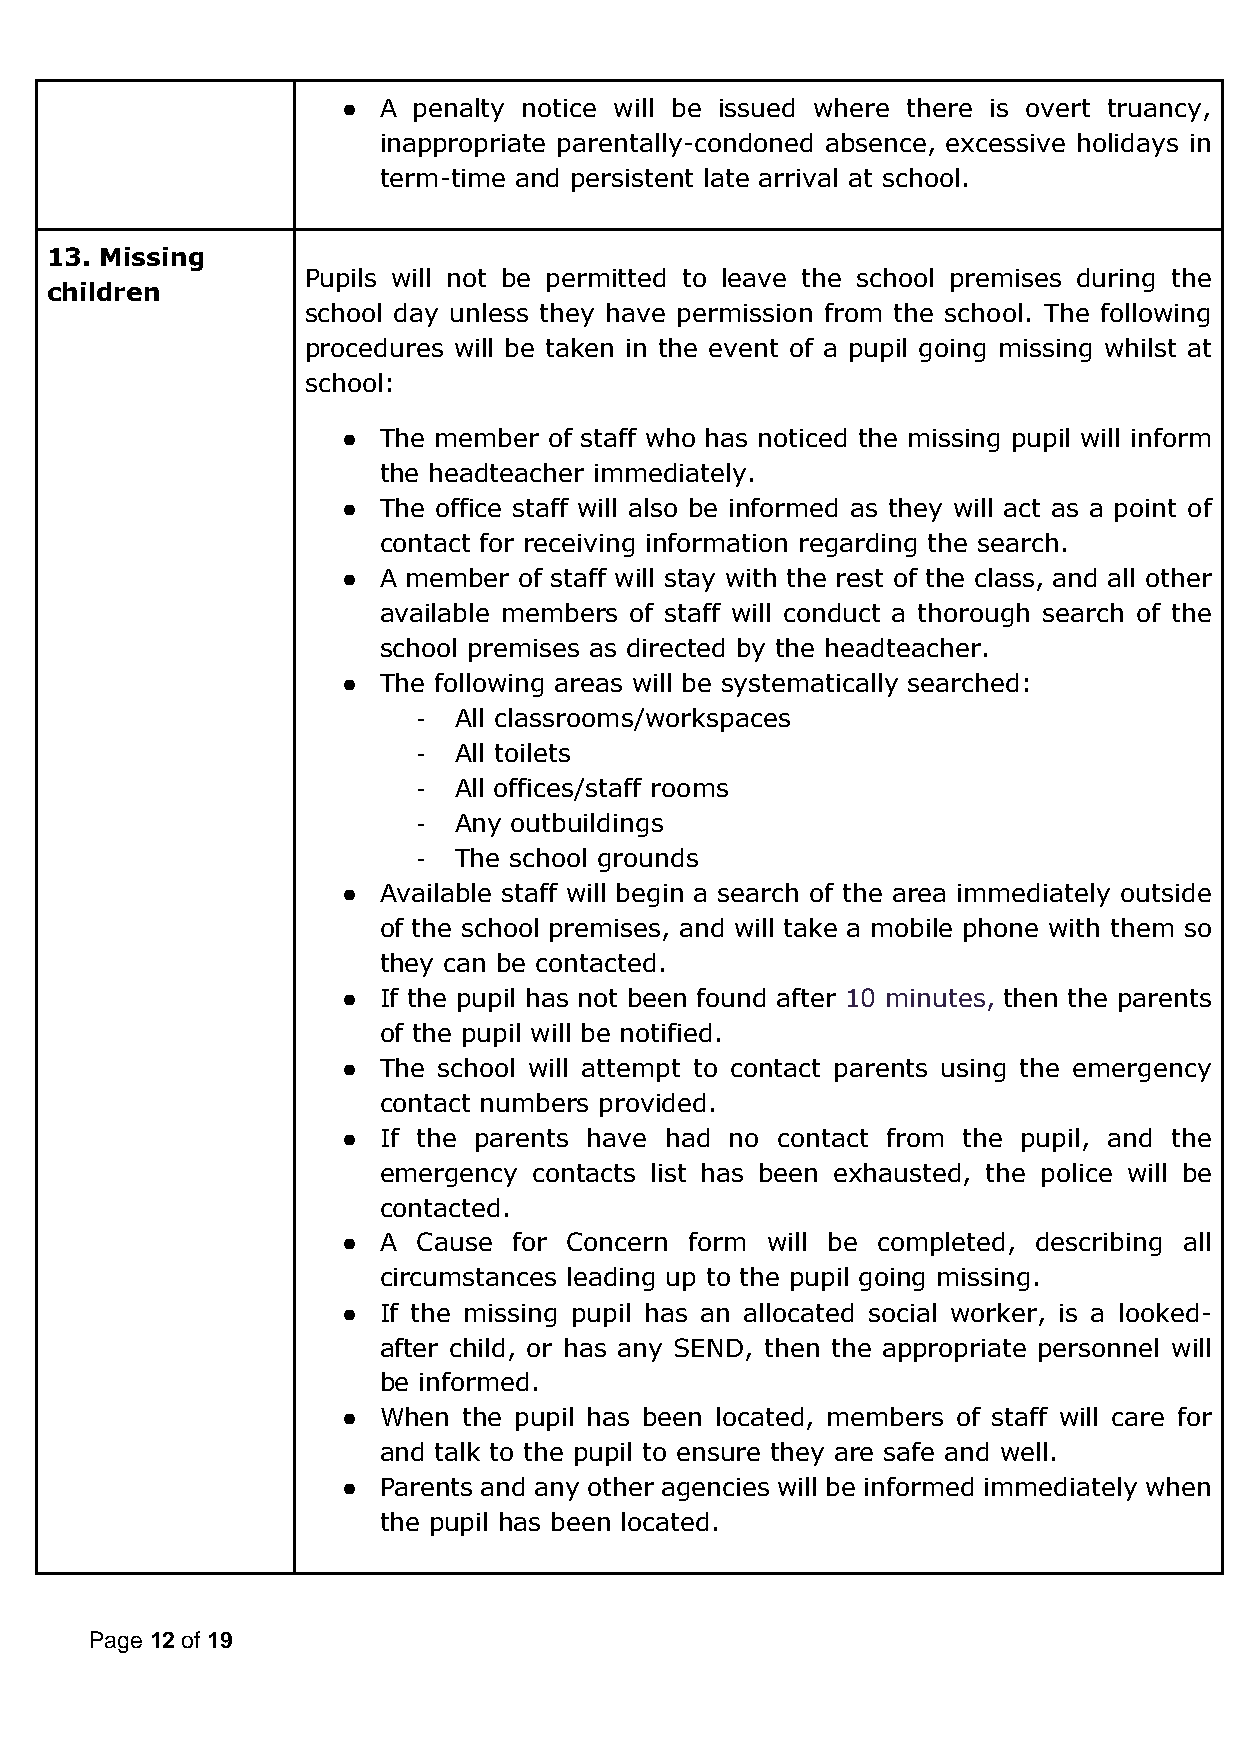
● A penalty notice will be issued where there is overt truancy,
 inappropriate parentally-condoned absence, excessive holidays in
 term-time and persistent late arrival at school.
 13. Missing
 Pupils will not be permitted to leave the school premises during the
 children
 school day unless they have permission from the school. The following
 procedures will be taken in the event of a pupil going missing whilst at
 school:
 ● The member of staff who has noticed the missing pupil will inform
 the headteacher immediately.
 ● The office staff will also be informed as they will act as a point of
 contact for receiving information regarding the search.
 ● A member of staff will stay with the rest of the class, and all other
 available members of staff will conduct a thorough search of the
 school premises as directed by the headteacher.
 ● The following areas will be systematically searched:
 - All classrooms/workspaces
 - All toilets
 - All offices/staff rooms
 - Any outbuildings
 - The school grounds
 ● Available staff will begin a search of the area immediately outside
 of the school premises, and will take a mobile phone with them so
 they can be contacted.
 ● If the pupil has not been found after 10 minutes, then the parents
 of the pupil will be notified.
 ● The school will attempt to contact parents using the emergency
 contact numbers provided.
 ● If the parents have had no contact from the pupil, and the
 emergency contacts list has been exhausted, the police will be
 contacted.
 ● A  Cause for Concern form will be completed, describing all
 circumstances leading up to the pupil going missing.
 ● If the missing pupil has an allocated social worker, is a looked-
 after child, or has any SEND, then the appropriate personnel will
 be informed.
 ● When  the pupil has been located, members of staff will care for
 and talk to the pupil to ensure they are safe and well.
 ● Parents and any other agencies will be informed immediately when
 the pupil has been located.
 Page 12 of 19